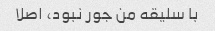
با سلیقه من جور نبود، اصلا